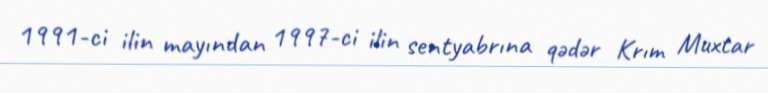
1991-ci ilin mayından 1997-ci ilin sentyabrına qədər Krım Muxtar